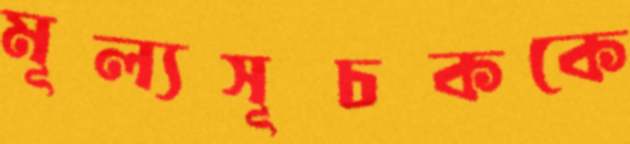
মূল্যসূচককে